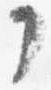
了